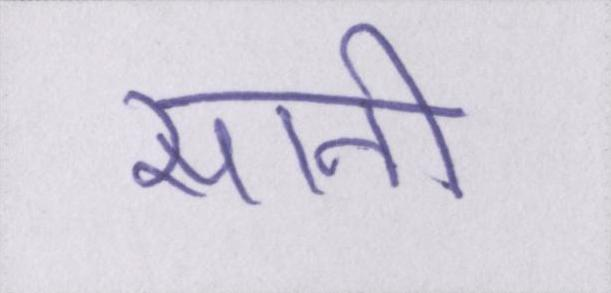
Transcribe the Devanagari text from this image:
सानी